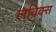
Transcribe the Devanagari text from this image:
लविक्स